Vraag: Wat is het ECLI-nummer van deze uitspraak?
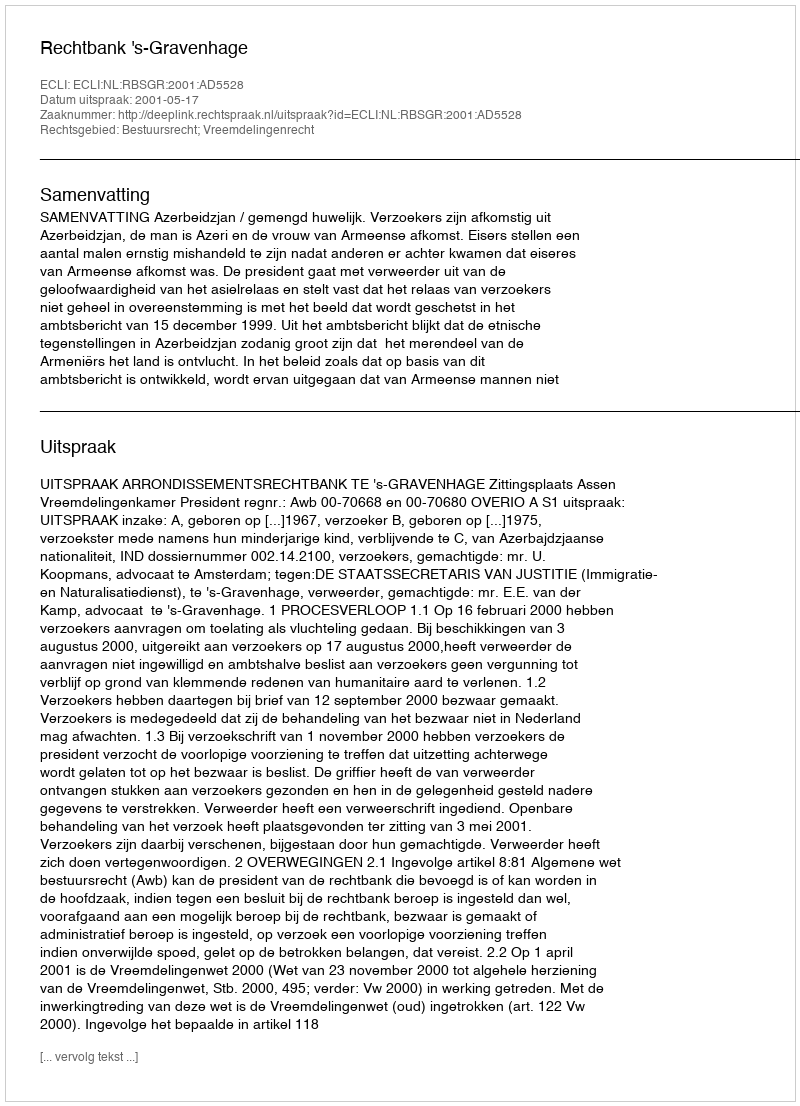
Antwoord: ECLI:NL:RBSGR:2001:AD5528